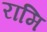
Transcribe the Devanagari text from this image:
रामि